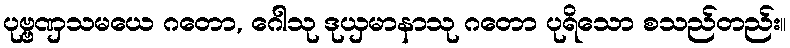
ပုဗ္ဗဏှသမယေ ဂတော, ဂေါသု ဒုယှမာနာသု ဂတော ပုရိသော စသည်တည်း။